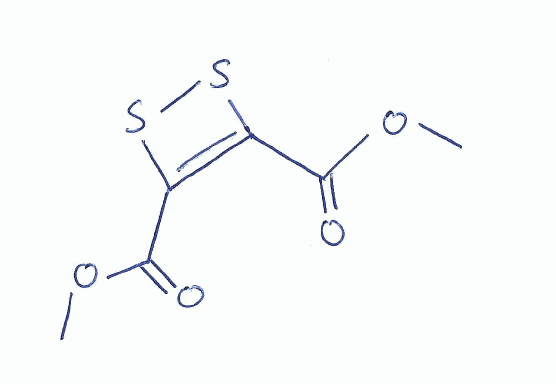
Simplified molecular-input line-entry system (SMILES) notation of the given molecule:
COC(=O)C1=C(SS1)C(=O)OC